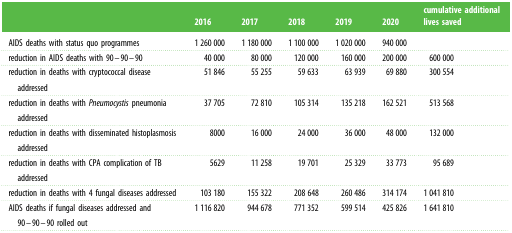
<table><thead><tr><td></td><td><b>2016</b></td><td><b>2017</b></td><td><b>2018</b></td><td><b>2019</b></td><td><b>2020</b></td><td><b>cumulative additional lives saved</b></td></tr></thead><tbody><tr><td>AIDS deaths with status quo programmes</td><td>1 260 000</td><td>1 180 000</td><td>1 100 000</td><td>1 020 000</td><td>940 000</td><td></td></tr><tr><td>reduction in AIDS deaths with 90–90–90</td><td>40 000</td><td>80 000</td><td>120 000</td><td>160 000</td><td>200 000</td><td>600 000</td></tr><tr><td>reduction in deaths with cryptococcal disease addressed</td><td>51 846</td><td>55 255</td><td>59 633</td><td>63 939</td><td>69 880</td><td>300 554</td></tr><tr><td>reduction in deaths with <i>Pneumocystis</i> pneumonia addressed</td><td>37 705</td><td>72 810</td><td>105 314</td><td>135 218</td><td>162 521</td><td>513 568</td></tr><tr><td>reduction in deaths with disseminated histoplasmosis addressed</td><td>8000</td><td>16 000</td><td>24 000</td><td>36 000</td><td>48 000</td><td>132 000</td></tr><tr><td>reduction in deaths with CPA complication of TB addressed</td><td>5629</td><td>11 258</td><td>19 701</td><td>25 329</td><td>33 773</td><td>95 689</td></tr><tr><td>reduction in deaths with 4 fungal diseases addressed</td><td>103 180</td><td>155 322</td><td>208 648</td><td>260 486</td><td>314 174</td><td>1 041 810</td></tr><tr><td>AIDS deaths if fungal diseases addressed and 90–90–90 rolled out</td><td>1 116 820</td><td>944 678</td><td>771 352</td><td>599 514</td><td>425 826</td><td>1 641 810</td></tr></tbody></table>